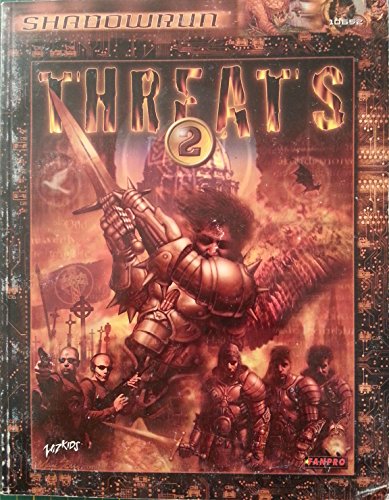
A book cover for Threats 2 (Shadowrun); Science Fiction & Fantasy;